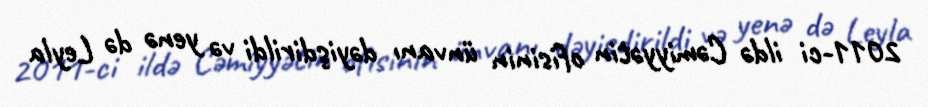
2011-ci ildə Cəmiyyətin ofisinin ünvanı dəyişdirildi və yenə də Leyla